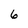
Character: 6